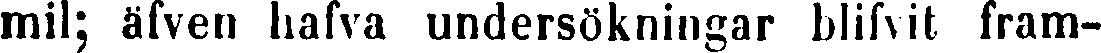
mil; äfven hafva undersökningar blifvit fram-